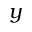
y